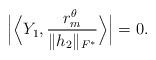
LaTeX: \begin{align*}\Big|\Big\langle Y_1, \frac{r^\theta_m}{\|h_2\|_{F^\ast}} \Big\rangle\Big| = 0.\end{align*}